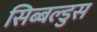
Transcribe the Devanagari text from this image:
सिब्बल्डुस